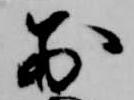
前